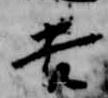
吉